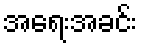
အရေးအခင်း